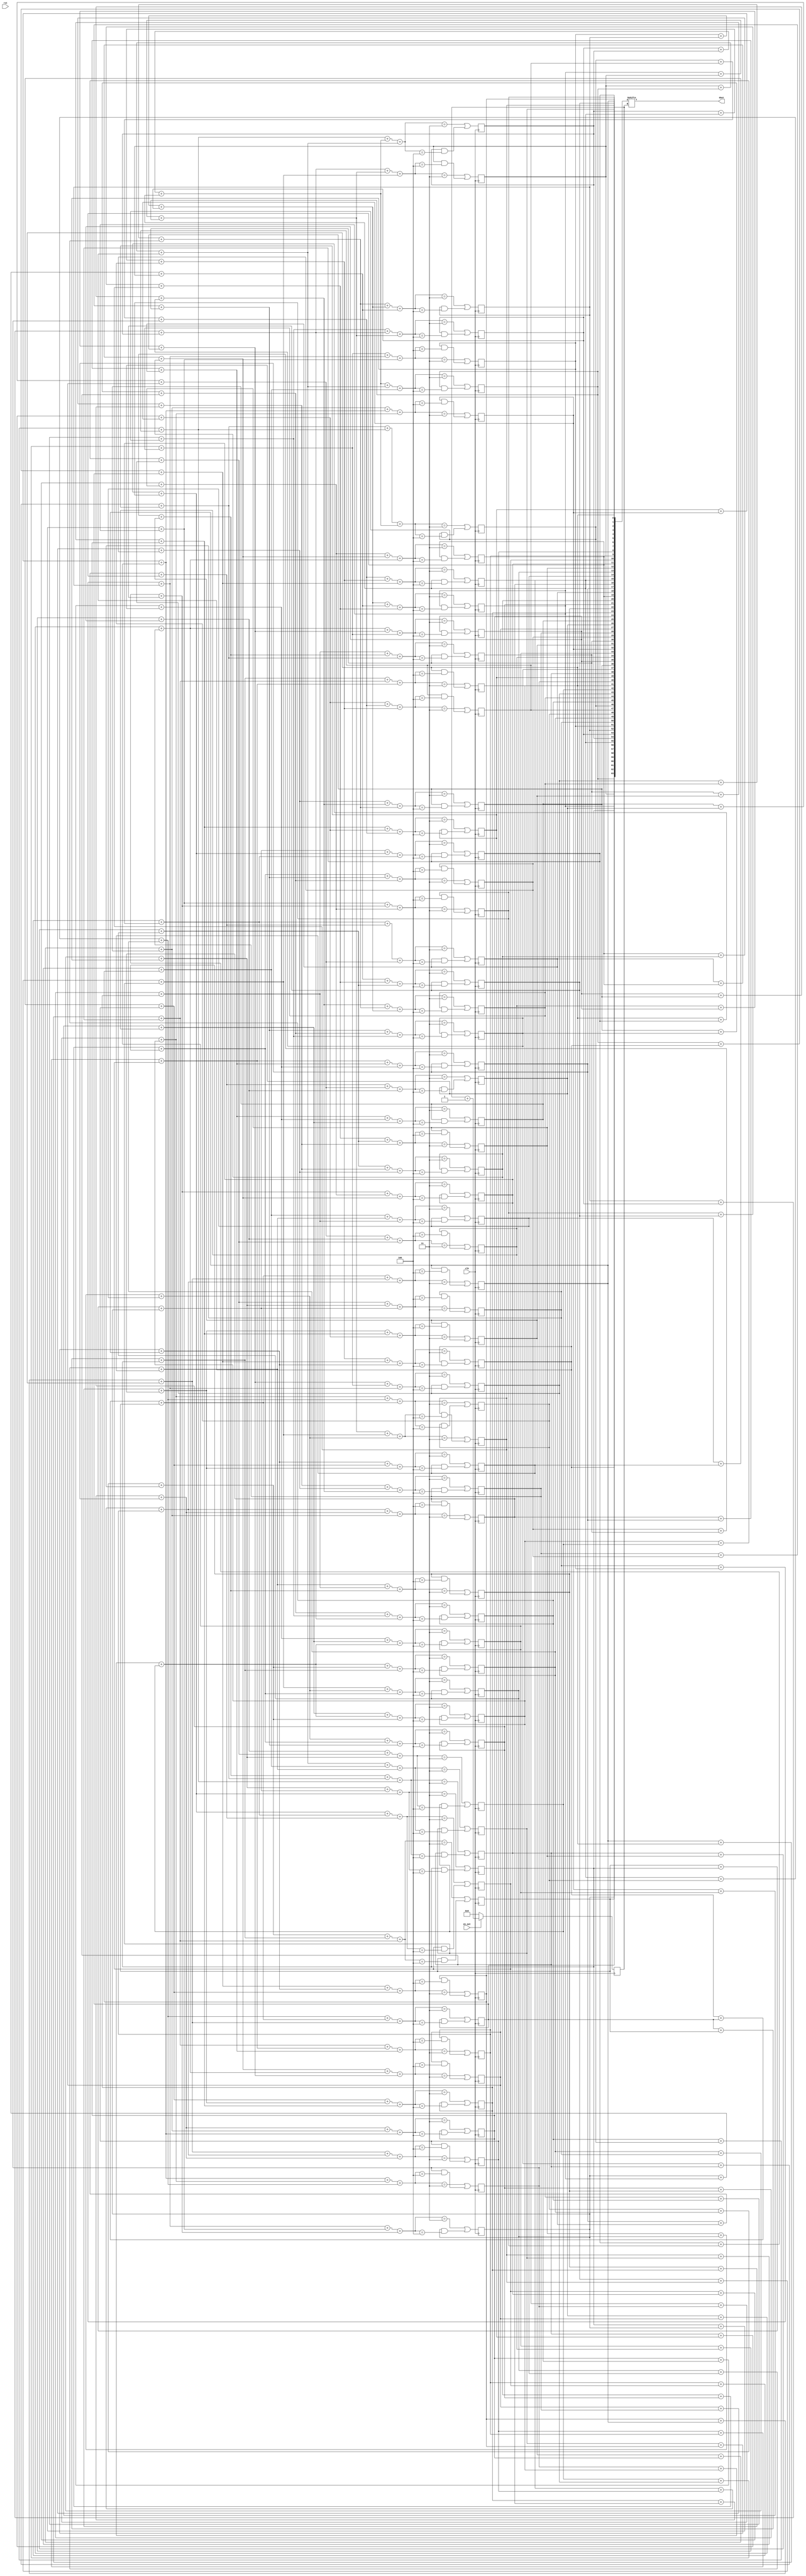
module life(rst, clk, en_out, dout);
	input rst;
	input clk;
	input en_out;
	output dout;
	reg [63:0] cel = 64'b1000010110000010101000010110011010100010000001100000110100010000;


	reg [15:0] num;
	
	always @(posedge clk) if(en_out) num=num+1; else num=0;
	assign dout = cel[num];

	wire [2:0] sum_0_to_2__0;
	assign sum_0_to_2__0 = cel[0] + cel[1] + cel[2];

	wire [2:0] sum_1_to_3__0;
	assign sum_1_to_3__0 = cel[1] + cel[2] + cel[3];

	wire [2:0] sum_2_to_4__0;
	assign sum_2_to_4__0 = cel[2] + cel[3] + cel[4];

	wire [2:0] sum_3_to_5__0;
	assign sum_3_to_5__0 = cel[3] + cel[4] + cel[5];

	wire [2:0] sum_4_to_6__0;
	assign sum_4_to_6__0 = cel[4] + cel[5] + cel[6];

	wire [2:0] sum_5_to_7__0;
	assign sum_5_to_7__0 = cel[5] + cel[6] + cel[7];

	wire [2:0] sum_6_to_0__0;
	assign sum_6_to_0__0 = cel[6] + cel[7] + cel[0];

	wire [2:0] sum_7_to_1__0;
	assign sum_7_to_1__0 = cel[7] + cel[0] + cel[1];

	wire [2:0] sum_0_to_2__1;
	assign sum_0_to_2__1 = cel[8] + cel[9] + cel[10];

	wire [2:0] sum_1_to_3__1;
	assign sum_1_to_3__1 = cel[9] + cel[10] + cel[11];

	wire [2:0] sum_2_to_4__1;
	assign sum_2_to_4__1 = cel[10] + cel[11] + cel[12];

	wire [2:0] sum_3_to_5__1;
	assign sum_3_to_5__1 = cel[11] + cel[12] + cel[13];

	wire [2:0] sum_4_to_6__1;
	assign sum_4_to_6__1 = cel[12] + cel[13] + cel[14];

	wire [2:0] sum_5_to_7__1;
	assign sum_5_to_7__1 = cel[13] + cel[14] + cel[15];

	wire [2:0] sum_6_to_0__1;
	assign sum_6_to_0__1 = cel[14] + cel[15] + cel[8];

	wire [2:0] sum_7_to_1__1;
	assign sum_7_to_1__1 = cel[15] + cel[8] + cel[9];

	wire [2:0] sum_0_to_2__2;
	assign sum_0_to_2__2 = cel[16] + cel[17] + cel[18];

	wire [2:0] sum_1_to_3__2;
	assign sum_1_to_3__2 = cel[17] + cel[18] + cel[19];

	wire [2:0] sum_2_to_4__2;
	assign sum_2_to_4__2 = cel[18] + cel[19] + cel[20];

	wire [2:0] sum_3_to_5__2;
	assign sum_3_to_5__2 = cel[19] + cel[20] + cel[21];

	wire [2:0] sum_4_to_6__2;
	assign sum_4_to_6__2 = cel[20] + cel[21] + cel[22];

	wire [2:0] sum_5_to_7__2;
	assign sum_5_to_7__2 = cel[21] + cel[22] + cel[23];

	wire [2:0] sum_6_to_0__2;
	assign sum_6_to_0__2 = cel[22] + cel[23] + cel[16];

	wire [2:0] sum_7_to_1__2;
	assign sum_7_to_1__2 = cel[23] + cel[16] + cel[17];

	wire [2:0] sum_0_to_2__3;
	assign sum_0_to_2__3 = cel[24] + cel[25] + cel[26];

	wire [2:0] sum_1_to_3__3;
	assign sum_1_to_3__3 = cel[25] + cel[26] + cel[27];

	wire [2:0] sum_2_to_4__3;
	assign sum_2_to_4__3 = cel[26] + cel[27] + cel[28];

	wire [2:0] sum_3_to_5__3;
	assign sum_3_to_5__3 = cel[27] + cel[28] + cel[29];

	wire [2:0] sum_4_to_6__3;
	assign sum_4_to_6__3 = cel[28] + cel[29] + cel[30];

	wire [2:0] sum_5_to_7__3;
	assign sum_5_to_7__3 = cel[29] + cel[30] + cel[31];

	wire [2:0] sum_6_to_0__3;
	assign sum_6_to_0__3 = cel[30] + cel[31] + cel[24];

	wire [2:0] sum_7_to_1__3;
	assign sum_7_to_1__3 = cel[31] + cel[24] + cel[25];

	wire [2:0] sum_0_to_2__4;
	assign sum_0_to_2__4 = cel[32] + cel[33] + cel[34];

	wire [2:0] sum_1_to_3__4;
	assign sum_1_to_3__4 = cel[33] + cel[34] + cel[35];

	wire [2:0] sum_2_to_4__4;
	assign sum_2_to_4__4 = cel[34] + cel[35] + cel[36];

	wire [2:0] sum_3_to_5__4;
	assign sum_3_to_5__4 = cel[35] + cel[36] + cel[37];

	wire [2:0] sum_4_to_6__4;
	assign sum_4_to_6__4 = cel[36] + cel[37] + cel[38];

	wire [2:0] sum_5_to_7__4;
	assign sum_5_to_7__4 = cel[37] + cel[38] + cel[39];

	wire [2:0] sum_6_to_0__4;
	assign sum_6_to_0__4 = cel[38] + cel[39] + cel[32];

	wire [2:0] sum_7_to_1__4;
	assign sum_7_to_1__4 = cel[39] + cel[32] + cel[33];

	wire [2:0] sum_0_to_2__5;
	assign sum_0_to_2__5 = cel[40] + cel[41] + cel[42];

	wire [2:0] sum_1_to_3__5;
	assign sum_1_to_3__5 = cel[41] + cel[42] + cel[43];

	wire [2:0] sum_2_to_4__5;
	assign sum_2_to_4__5 = cel[42] + cel[43] + cel[44];

	wire [2:0] sum_3_to_5__5;
	assign sum_3_to_5__5 = cel[43] + cel[44] + cel[45];

	wire [2:0] sum_4_to_6__5;
	assign sum_4_to_6__5 = cel[44] + cel[45] + cel[46];

	wire [2:0] sum_5_to_7__5;
	assign sum_5_to_7__5 = cel[45] + cel[46] + cel[47];

	wire [2:0] sum_6_to_0__5;
	assign sum_6_to_0__5 = cel[46] + cel[47] + cel[40];

	wire [2:0] sum_7_to_1__5;
	assign sum_7_to_1__5 = cel[47] + cel[40] + cel[41];

	wire [2:0] sum_0_to_2__6;
	assign sum_0_to_2__6 = cel[48] + cel[49] + cel[50];

	wire [2:0] sum_1_to_3__6;
	assign sum_1_to_3__6 = cel[49] + cel[50] + cel[51];

	wire [2:0] sum_2_to_4__6;
	assign sum_2_to_4__6 = cel[50] + cel[51] + cel[52];

	wire [2:0] sum_3_to_5__6;
	assign sum_3_to_5__6 = cel[51] + cel[52] + cel[53];

	wire [2:0] sum_4_to_6__6;
	assign sum_4_to_6__6 = cel[52] + cel[53] + cel[54];

	wire [2:0] sum_5_to_7__6;
	assign sum_5_to_7__6 = cel[53] + cel[54] + cel[55];

	wire [2:0] sum_6_to_0__6;
	assign sum_6_to_0__6 = cel[54] + cel[55] + cel[48];

	wire [2:0] sum_7_to_1__6;
	assign sum_7_to_1__6 = cel[55] + cel[48] + cel[49];

	wire [2:0] sum_0_to_2__7;
	assign sum_0_to_2__7 = cel[56] + cel[57] + cel[58];

	wire [2:0] sum_1_to_3__7;
	assign sum_1_to_3__7 = cel[57] + cel[58] + cel[59];

	wire [2:0] sum_2_to_4__7;
	assign sum_2_to_4__7 = cel[58] + cel[59] + cel[60];

	wire [2:0] sum_3_to_5__7;
	assign sum_3_to_5__7 = cel[59] + cel[60] + cel[61];

	wire [2:0] sum_4_to_6__7;
	assign sum_4_to_6__7 = cel[60] + cel[61] + cel[62];

	wire [2:0] sum_5_to_7__7;
	assign sum_5_to_7__7 = cel[61] + cel[62] + cel[63];

	wire [2:0] sum_6_to_0__7;
	assign sum_6_to_0__7 = cel[62] + cel[63] + cel[56];

	wire [2:0] sum_7_to_1__7;
	assign sum_7_to_1__7 = cel[63] + cel[56] + cel[57];

	


	/* (0,0) = cell 0 */

	wire [3:0] count0;
	assign count0 = sum_7_to_1__7 + sum_7_to_1__0 + sum_7_to_1__1;
	always @(posedge clk) cel[0] <= (count0 == 3) || (cel[0] & (count0 == 4));

	/* (1,0) = cell 1 */

	wire [3:0] count1;
	assign count1 = sum_0_to_2__7 + sum_0_to_2__0 + sum_0_to_2__1;
	always @(posedge clk) cel[1] <= (count1 == 3) || (cel[1] & (count1 == 4));

	/* (2,0) = cell 2 */

	wire [3:0] count2;
	assign count2 = sum_1_to_3__7 + sum_1_to_3__0 + sum_1_to_3__1;
	always @(posedge clk) cel[2] <= (count2 == 3) || (cel[2] & (count2 == 4));

	/* (3,0) = cell 3 */

	wire [3:0] count3;
	assign count3 = sum_2_to_4__7 + sum_2_to_4__0 + sum_2_to_4__1;
	always @(posedge clk) cel[3] <= (count3 == 3) || (cel[3] & (count3 == 4));

	/* (4,0) = cell 4 */

	wire [3:0] count4;
	assign count4 = sum_3_to_5__7 + sum_3_to_5__0 + sum_3_to_5__1;
	always @(posedge clk) cel[4] <= (count4 == 3) || (cel[4] & (count4 == 4));

	/* (5,0) = cell 5 */

	wire [3:0] count5;
	assign count5 = sum_4_to_6__7 + sum_4_to_6__0 + sum_4_to_6__1;
	always @(posedge clk) cel[5] <= (count5 == 3) || (cel[5] & (count5 == 4));

	/* (6,0) = cell 6 */

	wire [3:0] count6;
	assign count6 = sum_5_to_7__7 + sum_5_to_7__0 + sum_5_to_7__1;
	always @(posedge clk) cel[6] <= (count6 == 3) || (cel[6] & (count6 == 4));

	/* (7,0) = cell 7 */

	wire [3:0] count7;
	assign count7 = sum_6_to_0__7 + sum_6_to_0__0 + sum_6_to_0__1;
	always @(posedge clk) cel[7] <= (count7 == 3) || (cel[7] & (count7 == 4));

	/* (0,1) = cell 8 */

	wire [3:0] count8;
	assign count8 = sum_7_to_1__0 + sum_7_to_1__1 + sum_7_to_1__2;
	always @(posedge clk) cel[8] <= (count8 == 3) || (cel[8] & (count8 == 4));

	/* (1,1) = cell 9 */

	wire [3:0] count9;
	assign count9 = sum_0_to_2__0 + sum_0_to_2__1 + sum_0_to_2__2;
	always @(posedge clk) cel[9] <= (count9 == 3) || (cel[9] & (count9 == 4));

	/* (2,1) = cell 10 */

	wire [3:0] count10;
	assign count10 = sum_1_to_3__0 + sum_1_to_3__1 + sum_1_to_3__2;
	always @(posedge clk) cel[10] <= (count10 == 3) || (cel[10] & (count10 == 4));

	/* (3,1) = cell 11 */

	wire [3:0] count11;
	assign count11 = sum_2_to_4__0 + sum_2_to_4__1 + sum_2_to_4__2;
	always @(posedge clk) cel[11] <= (count11 == 3) || (cel[11] & (count11 == 4));

	/* (4,1) = cell 12 */

	wire [3:0] count12;
	assign count12 = sum_3_to_5__0 + sum_3_to_5__1 + sum_3_to_5__2;
	always @(posedge clk) cel[12] <= (count12 == 3) || (cel[12] & (count12 == 4));

	/* (5,1) = cell 13 */

	wire [3:0] count13;
	assign count13 = sum_4_to_6__0 + sum_4_to_6__1 + sum_4_to_6__2;
	always @(posedge clk) cel[13] <= (count13 == 3) || (cel[13] & (count13 == 4));

	/* (6,1) = cell 14 */

	wire [3:0] count14;
	assign count14 = sum_5_to_7__0 + sum_5_to_7__1 + sum_5_to_7__2;
	always @(posedge clk) cel[14] <= (count14 == 3) || (cel[14] & (count14 == 4));

	/* (7,1) = cell 15 */

	wire [3:0] count15;
	assign count15 = sum_6_to_0__0 + sum_6_to_0__1 + sum_6_to_0__2;
	always @(posedge clk) cel[15] <= (count15 == 3) || (cel[15] & (count15 == 4));

	/* (0,2) = cell 16 */

	wire [3:0] count16;
	assign count16 = sum_7_to_1__1 + sum_7_to_1__2 + sum_7_to_1__3;
	always @(posedge clk) cel[16] <= (count16 == 3) || (cel[16] & (count16 == 4));

	/* (1,2) = cell 17 */

	wire [3:0] count17;
	assign count17 = sum_0_to_2__1 + sum_0_to_2__2 + sum_0_to_2__3;
	always @(posedge clk) cel[17] <= (count17 == 3) || (cel[17] & (count17 == 4));

	/* (2,2) = cell 18 */

	wire [3:0] count18;
	assign count18 = sum_1_to_3__1 + sum_1_to_3__2 + sum_1_to_3__3;
	always @(posedge clk) cel[18] <= (count18 == 3) || (cel[18] & (count18 == 4));

	/* (3,2) = cell 19 */

	wire [3:0] count19;
	assign count19 = sum_2_to_4__1 + sum_2_to_4__2 + sum_2_to_4__3;
	always @(posedge clk) cel[19] <= (count19 == 3) || (cel[19] & (count19 == 4));

	/* (4,2) = cell 20 */

	wire [3:0] count20;
	assign count20 = sum_3_to_5__1 + sum_3_to_5__2 + sum_3_to_5__3;
	always @(posedge clk) cel[20] <= (count20 == 3) || (cel[20] & (count20 == 4));

	/* (5,2) = cell 21 */

	wire [3:0] count21;
	assign count21 = sum_4_to_6__1 + sum_4_to_6__2 + sum_4_to_6__3;
	always @(posedge clk) cel[21] <= (count21 == 3) || (cel[21] & (count21 == 4));

	/* (6,2) = cell 22 */

	wire [3:0] count22;
	assign count22 = sum_5_to_7__1 + sum_5_to_7__2 + sum_5_to_7__3;
	always @(posedge clk) cel[22] <= (count22 == 3) || (cel[22] & (count22 == 4));

	/* (7,2) = cell 23 */

	wire [3:0] count23;
	assign count23 = sum_6_to_0__1 + sum_6_to_0__2 + sum_6_to_0__3;
	always @(posedge clk) cel[23] <= (count23 == 3) || (cel[23] & (count23 == 4));

	/* (0,3) = cell 24 */

	wire [3:0] count24;
	assign count24 = sum_7_to_1__2 + sum_7_to_1__3 + sum_7_to_1__4;
	always @(posedge clk) cel[24] <= (count24 == 3) || (cel[24] & (count24 == 4));

	/* (1,3) = cell 25 */

	wire [3:0] count25;
	assign count25 = sum_0_to_2__2 + sum_0_to_2__3 + sum_0_to_2__4;
	always @(posedge clk) cel[25] <= (count25 == 3) || (cel[25] & (count25 == 4));

	/* (2,3) = cell 26 */

	wire [3:0] count26;
	assign count26 = sum_1_to_3__2 + sum_1_to_3__3 + sum_1_to_3__4;
	always @(posedge clk) cel[26] <= (count26 == 3) || (cel[26] & (count26 == 4));

	/* (3,3) = cell 27 */

	wire [3:0] count27;
	assign count27 = sum_2_to_4__2 + sum_2_to_4__3 + sum_2_to_4__4;
	always @(posedge clk) cel[27] <= (count27 == 3) || (cel[27] & (count27 == 4));

	/* (4,3) = cell 28 */

	wire [3:0] count28;
	assign count28 = sum_3_to_5__2 + sum_3_to_5__3 + sum_3_to_5__4;
	always @(posedge clk) cel[28] <= (count28 == 3) || (cel[28] & (count28 == 4));

	/* (5,3) = cell 29 */

	wire [3:0] count29;
	assign count29 = sum_4_to_6__2 + sum_4_to_6__3 + sum_4_to_6__4;
	always @(posedge clk) cel[29] <= (count29 == 3) || (cel[29] & (count29 == 4));

	/* (6,3) = cell 30 */

	wire [3:0] count30;
	assign count30 = sum_5_to_7__2 + sum_5_to_7__3 + sum_5_to_7__4;
	always @(posedge clk) cel[30] <= (count30 == 3) || (cel[30] & (count30 == 4));

	/* (7,3) = cell 31 */

	wire [3:0] count31;
	assign count31 = sum_6_to_0__2 + sum_6_to_0__3 + sum_6_to_0__4;
	always @(posedge clk) cel[31] <= (count31 == 3) || (cel[31] & (count31 == 4));

	/* (0,4) = cell 32 */

	wire [3:0] count32;
	assign count32 = sum_7_to_1__3 + sum_7_to_1__4 + sum_7_to_1__5;
	always @(posedge clk) cel[32] <= (count32 == 3) || (cel[32] & (count32 == 4));

	/* (1,4) = cell 33 */

	wire [3:0] count33;
	assign count33 = sum_0_to_2__3 + sum_0_to_2__4 + sum_0_to_2__5;
	always @(posedge clk) cel[33] <= (count33 == 3) || (cel[33] & (count33 == 4));

	/* (2,4) = cell 34 */

	wire [3:0] count34;
	assign count34 = sum_1_to_3__3 + sum_1_to_3__4 + sum_1_to_3__5;
	always @(posedge clk) cel[34] <= (count34 == 3) || (cel[34] & (count34 == 4));

	/* (3,4) = cell 35 */

	wire [3:0] count35;
	assign count35 = sum_2_to_4__3 + sum_2_to_4__4 + sum_2_to_4__5;
	always @(posedge clk) cel[35] <= (count35 == 3) || (cel[35] & (count35 == 4));

	/* (4,4) = cell 36 */

	wire [3:0] count36;
	assign count36 = sum_3_to_5__3 + sum_3_to_5__4 + sum_3_to_5__5;
	always @(posedge clk) cel[36] <= (count36 == 3) || (cel[36] & (count36 == 4));

	/* (5,4) = cell 37 */

	wire [3:0] count37;
	assign count37 = sum_4_to_6__3 + sum_4_to_6__4 + sum_4_to_6__5;
	always @(posedge clk) cel[37] <= (count37 == 3) || (cel[37] & (count37 == 4));

	/* (6,4) = cell 38 */

	wire [3:0] count38;
	assign count38 = sum_5_to_7__3 + sum_5_to_7__4 + sum_5_to_7__5;
	always @(posedge clk) cel[38] <= (count38 == 3) || (cel[38] & (count38 == 4));

	/* (7,4) = cell 39 */

	wire [3:0] count39;
	assign count39 = sum_6_to_0__3 + sum_6_to_0__4 + sum_6_to_0__5;
	always @(posedge clk) cel[39] <= (count39 == 3) || (cel[39] & (count39 == 4));

	/* (0,5) = cell 40 */

	wire [3:0] count40;
	assign count40 = sum_7_to_1__4 + sum_7_to_1__5 + sum_7_to_1__6;
	always @(posedge clk) cel[40] <= (count40 == 3) || (cel[40] & (count40 == 4));

	/* (1,5) = cell 41 */

	wire [3:0] count41;
	assign count41 = sum_0_to_2__4 + sum_0_to_2__5 + sum_0_to_2__6;
	always @(posedge clk) cel[41] <= (count41 == 3) || (cel[41] & (count41 == 4));

	/* (2,5) = cell 42 */

	wire [3:0] count42;
	assign count42 = sum_1_to_3__4 + sum_1_to_3__5 + sum_1_to_3__6;
	always @(posedge clk) cel[42] <= (count42 == 3) || (cel[42] & (count42 == 4));

	/* (3,5) = cell 43 */

	wire [3:0] count43;
	assign count43 = sum_2_to_4__4 + sum_2_to_4__5 + sum_2_to_4__6;
	always @(posedge clk) cel[43] <= (count43 == 3) || (cel[43] & (count43 == 4));

	/* (4,5) = cell 44 */

	wire [3:0] count44;
	assign count44 = sum_3_to_5__4 + sum_3_to_5__5 + sum_3_to_5__6;
	always @(posedge clk) cel[44] <= (count44 == 3) || (cel[44] & (count44 == 4));

	/* (5,5) = cell 45 */

	wire [3:0] count45;
	assign count45 = sum_4_to_6__4 + sum_4_to_6__5 + sum_4_to_6__6;
	always @(posedge clk) cel[45] <= (count45 == 3) || (cel[45] & (count45 == 4));

	/* (6,5) = cell 46 */

	wire [3:0] count46;
	assign count46 = sum_5_to_7__4 + sum_5_to_7__5 + sum_5_to_7__6;
	always @(posedge clk) cel[46] <= (count46 == 3) || (cel[46] & (count46 == 4));

	/* (7,5) = cell 47 */

	wire [3:0] count47;
	assign count47 = sum_6_to_0__4 + sum_6_to_0__5 + sum_6_to_0__6;
	always @(posedge clk) cel[47] <= (count47 == 3) || (cel[47] & (count47 == 4));

	/* (0,6) = cell 48 */

	wire [3:0] count48;
	assign count48 = sum_7_to_1__5 + sum_7_to_1__6 + sum_7_to_1__7;
	always @(posedge clk) cel[48] <= (count48 == 3) || (cel[48] & (count48 == 4));

	/* (1,6) = cell 49 */

	wire [3:0] count49;
	assign count49 = sum_0_to_2__5 + sum_0_to_2__6 + sum_0_to_2__7;
	always @(posedge clk) cel[49] <= (count49 == 3) || (cel[49] & (count49 == 4));

	/* (2,6) = cell 50 */

	wire [3:0] count50;
	assign count50 = sum_1_to_3__5 + sum_1_to_3__6 + sum_1_to_3__7;
	always @(posedge clk) cel[50] <= (count50 == 3) || (cel[50] & (count50 == 4));

	/* (3,6) = cell 51 */

	wire [3:0] count51;
	assign count51 = sum_2_to_4__5 + sum_2_to_4__6 + sum_2_to_4__7;
	always @(posedge clk) cel[51] <= (count51 == 3) || (cel[51] & (count51 == 4));

	/* (4,6) = cell 52 */

	wire [3:0] count52;
	assign count52 = sum_3_to_5__5 + sum_3_to_5__6 + sum_3_to_5__7;
	always @(posedge clk) cel[52] <= (count52 == 3) || (cel[52] & (count52 == 4));

	/* (5,6) = cell 53 */

	wire [3:0] count53;
	assign count53 = sum_4_to_6__5 + sum_4_to_6__6 + sum_4_to_6__7;
	always @(posedge clk) cel[53] <= (count53 == 3) || (cel[53] & (count53 == 4));

	/* (6,6) = cell 54 */

	wire [3:0] count54;
	assign count54 = sum_5_to_7__5 + sum_5_to_7__6 + sum_5_to_7__7;
	always @(posedge clk) cel[54] <= (count54 == 3) || (cel[54] & (count54 == 4));

	/* (7,6) = cell 55 */

	wire [3:0] count55;
	assign count55 = sum_6_to_0__5 + sum_6_to_0__6 + sum_6_to_0__7;
	always @(posedge clk) cel[55] <= (count55 == 3) || (cel[55] & (count55 == 4));

	/* (0,7) = cell 56 */

	wire [3:0] count56;
	assign count56 = sum_7_to_1__6 + sum_7_to_1__7 + sum_7_to_1__0;
	always @(posedge clk) cel[56] <= (count56 == 3) || (cel[56] & (count56 == 4));

	/* (1,7) = cell 57 */

	wire [3:0] count57;
	assign count57 = sum_0_to_2__6 + sum_0_to_2__7 + sum_0_to_2__0;
	always @(posedge clk) cel[57] <= (count57 == 3) || (cel[57] & (count57 == 4));

	/* (2,7) = cell 58 */

	wire [3:0] count58;
	assign count58 = sum_1_to_3__6 + sum_1_to_3__7 + sum_1_to_3__0;
	always @(posedge clk) cel[58] <= (count58 == 3) || (cel[58] & (count58 == 4));

	/* (3,7) = cell 59 */

	wire [3:0] count59;
	assign count59 = sum_2_to_4__6 + sum_2_to_4__7 + sum_2_to_4__0;
	always @(posedge clk) cel[59] <= (count59 == 3) || (cel[59] & (count59 == 4));

	/* (4,7) = cell 60 */

	wire [3:0] count60;
	assign count60 = sum_3_to_5__6 + sum_3_to_5__7 + sum_3_to_5__0;
	always @(posedge clk) cel[60] <= (count60 == 3) || (cel[60] & (count60 == 4));

	/* (5,7) = cell 61 */

	wire [3:0] count61;
	assign count61 = sum_4_to_6__6 + sum_4_to_6__7 + sum_4_to_6__0;
	always @(posedge clk) cel[61] <= (count61 == 3) || (cel[61] & (count61 == 4));

	/* (6,7) = cell 62 */

	wire [3:0] count62;
	assign count62 = sum_5_to_7__6 + sum_5_to_7__7 + sum_5_to_7__0;
	always @(posedge clk) cel[62] <= (count62 == 3) || (cel[62] & (count62 == 4));

	/* (7,7) = cell 63 */

	wire [3:0] count63;
	assign count63 = sum_6_to_0__6 + sum_6_to_0__7 + sum_6_to_0__0;
	always @(posedge clk) cel[63] <= (count63 == 3) || (cel[63] & (count63 == 4));
endmodule